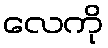
လေကို